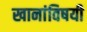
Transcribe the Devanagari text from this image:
खानांविषयी